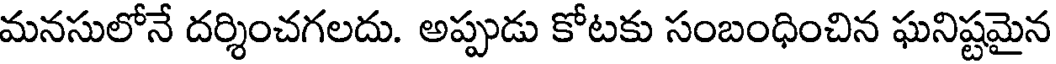
మనసులోనే దర్శించగలదు. అప్పుడు కోటకు సంబంధించిన ఘనిష్టమైన